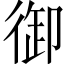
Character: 御